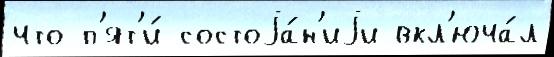
что п'ят'и́ состоjа́н'иjи вкл'юча́л